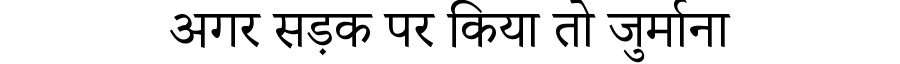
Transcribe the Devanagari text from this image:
अगर सड़क पर किया तो जुर्माना